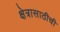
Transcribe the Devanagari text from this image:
क्षेत्रासाठीची